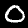
Digit: 0